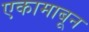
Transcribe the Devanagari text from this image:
एकामाबून